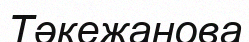
Тәкежанова